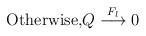
LaTeX: \begin{align*}\mbox{Otherwise,$Q \stackrel{F_{l}}{\longrightarrow}0$}\end{align*}